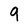
Character: 9